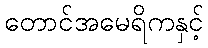
တောင်အမေရိကနှင့်